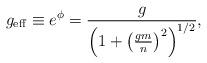
LaTeX: \begin{align*}g_{\rm eff} \equiv e^\phi = \frac{g}{\left(1 + \left(\frac{g m}{n}\right)^2 \right)^{1/2}}, \end{align*}